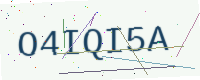
Text: O4IQI5A